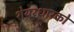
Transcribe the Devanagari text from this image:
शेयरधारको